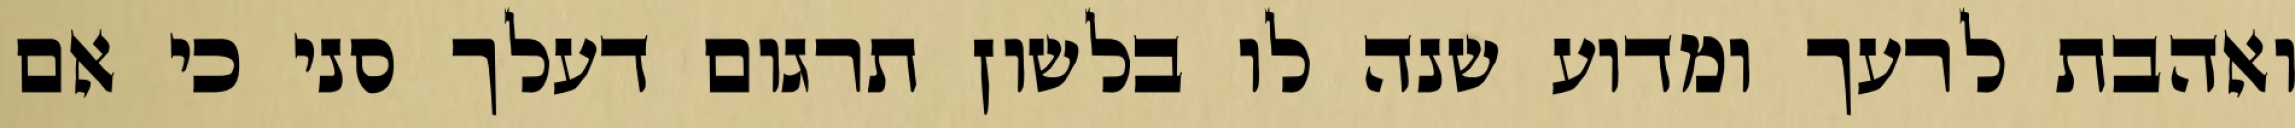
ואהבת לרעך ומדוע שנה לו בלשון תרגום דעלך סני כי אם